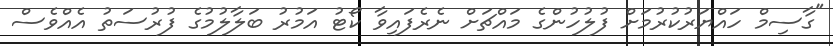
"ގާސިމް ހައްޔަރުކުރުމަށް ފުލުހުންގެ މައްޗަށް ނެރެފައިވާ ކޯޓު އަމުރު ބަލާލުމުގެ ފުރުސަތު އެއްވެސް